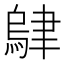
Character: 𬚭